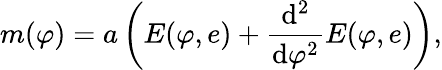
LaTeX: m(\varphi)=a\left(E(\varphi,e)+{\frac{\mathrm{d}^{2}}{\mathrm{d}\varphi^{2}}}E(\varphi,e)\right),